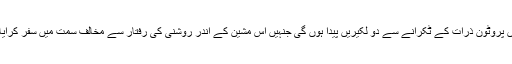
سرنگ میں پروٹون ذرات کے ٹکرانے سے دو لکیریں پیدا ہوں گی جنہیں اس مشین کے اندر روشنی کی رفتار سے مخالف سمت میں سفر کرایا جائے گا۔